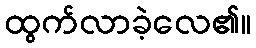
ထွက်လာခဲ့လေ၏။